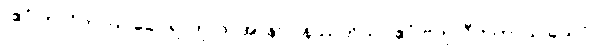
“ဧဝံ ဘာဝိတာယ ခေါ, ရာဟုလ, အာနာပါနဿတိယာ ဧဝံ ဗဟုလီကတာယ ယေပိ